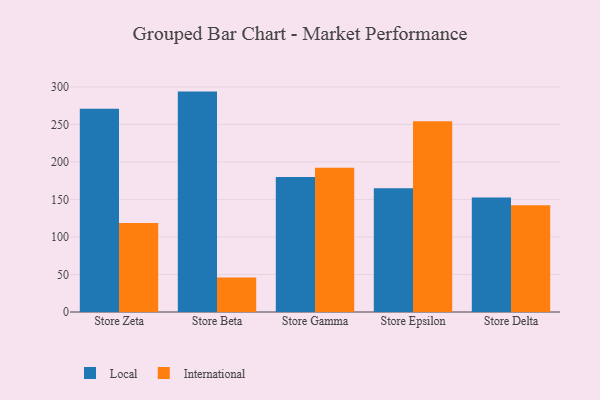
{"axis": {"x": "Store", "y": "Shipments"}, "legend": ["International", "Local"], "data": [{"x": "Store Zeta", "y": 271.1, "type": "Local"}, {"x": "Store Zeta", "y": 118.5, "type": "International"}, {"x": "Store Beta", "y": 293.8, "type": "Local"}, {"x": "Store Beta", "y": 46.0, "type": "International"}, {"x": "Store Gamma", "y": 180.1, "type": "Local"}, {"x": "Store Gamma", "y": 192.3, "type": "International"}, {"x": "Store Epsilon", "y": 164.8, "type": "Local"}, {"x": "Store Epsilon", "y": 254.3, "type": "International"}, {"x": "Store Delta", "y": 152.6, "type": "Local"}, {"x": "Store Delta", "y": 142.4, "type": "International"}]}